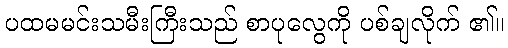
ပထမမင်းသမီးကြီးသည် စာပုလွေကို ပစ်ချလိုက် ၏။